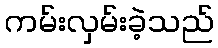
ကမ်းလှမ်းခဲ့သည်